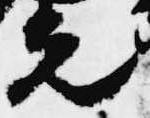
光